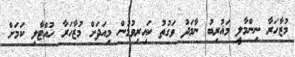
މުޒާހަރާ ނިންމާލީ މަޣުރިބު ނާމަދު ވަގުތު ކައިރިވުމުން މިއަދަށް މުޒާހަރާ ހުއްޓާލި ކަމަށް